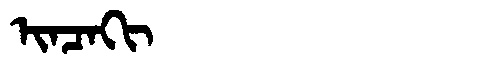
Manchu: ᡳᠨᠴᠠᡴᡳ
Romanization: INCAKI